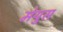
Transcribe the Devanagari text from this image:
मेयुस